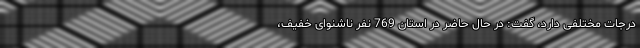
درجات مختلفی دارد، گفت: در حال حاضر در استان 769 نفر ناشنوای خفیف،